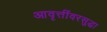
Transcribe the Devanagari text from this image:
आवृत्तींवरसुद्धा